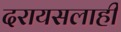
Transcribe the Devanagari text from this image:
दरायसलाही